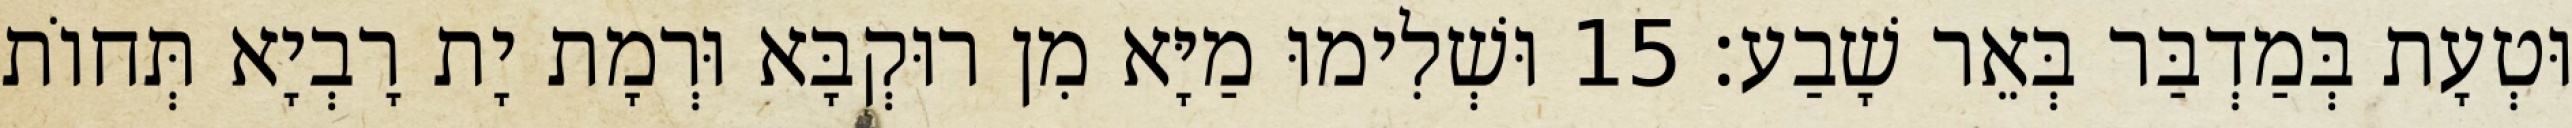
וּטְעָת בְּמַדְבַּר בְּאֵר שָׁבַע׃ 15 וּשְׁלִימוּ מַיָּא מִן רוּקְבָּא וּרְמָת יָת רָבְיָא תְּחוֹת